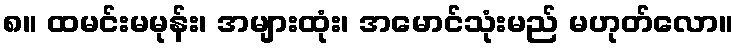
၈။ ထမင်းမမုန်း၊ အများထုံး၊ အမောင်သုံးမည် မဟုတ်လော။